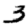
Digit: 3